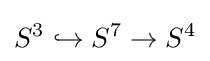
S^{3}\hookrightarrow S^{7}\to S^{4}